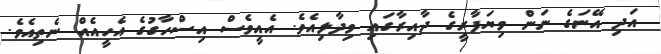
އަދި އޭނަގެ ނަން ވިޔަފާރީގެ ދާއިރާގައި ވިދާލިއެވެ. އެއީވެސް އިސްހާގުގެ އެހީއެއް ނެތިއެވެ.